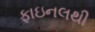
ફાઇનલથી